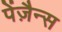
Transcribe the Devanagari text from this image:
पेंज़ैन्स